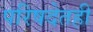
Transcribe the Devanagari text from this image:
परिषदेतही